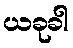
ယခုခါ